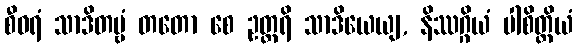
စီဝရံ သာဒိတဗ္ဗံ တတော စေ ဥတ္တရိ သာဒိယေယျ, နိဿဂ္ဂိယံ ပါစိတ္တိယံ